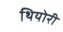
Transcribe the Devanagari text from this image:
थियोरी